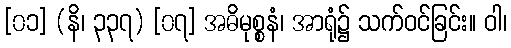
[၀၁] (နိ၊ ၃၃၇) [၀၇] အဓိမုစ္စနံ၊ အာရုံ၌ သက်ဝင်ခြင်း။ ဝါ၊